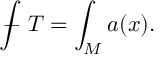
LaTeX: { \int \! \! \! \! \! \! - } \ T = \int _ { M } a ( x ) .